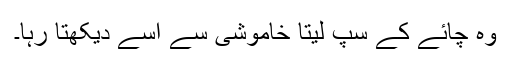
وہ چائے کے سپ لیتا خاموشی سے اسے دیکھتا رہا۔